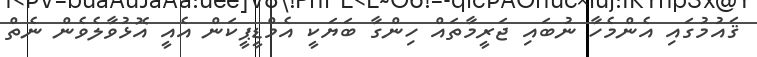
ޤައުމުގައި އެންމެހާ ނުބައި ޖަރީމާތައް ހިންގާ ބަޔަކީ އެމްޑީޕީކަން އެއީ އޮޅުވާލެވެން ނެތް